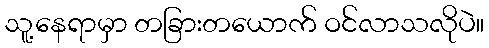
သူ့နေရာမှာ တခြားတယောက် ဝင်လာသလိုပဲ။